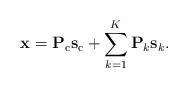
LaTeX: \begin{align*} \mathbf{x}=\mathbf{P}_{\mathrm{c}}\mathbf{s}_{\mathrm{c}}+\sum_{k=1}^{K}\mathbf{P}_{k}\mathbf{s}_{k}.\end{align*}